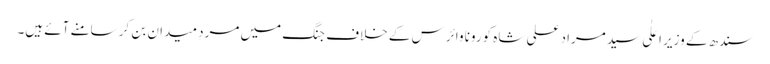
سندھ کے وزیر اعلٰی سید مراد علی شاہ کورونا وائرس کے خلاف جنگ میں مردِ میدان بن کر سامنے آئے ہیں۔